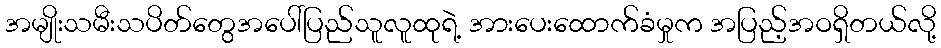
အမျိုးသမီးသပိတ်တွေအပေါ်ပြည်သူလူထုရဲ့ အားပေးထောက်ခံမှုက အပြည့်အဝရှိတယ်လို့